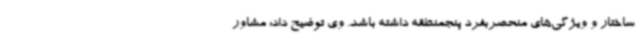
ساختار و ویژگی‌های منحصربفرد پنجمنطقه داشته باشد. وی توضیح داد: مشاور